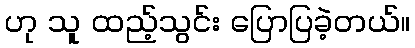
ဟု သူ ထည့်သွင်း ပြောပြခဲ့တယ်။